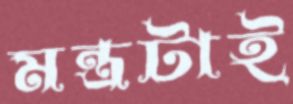
মন্ত্রটাই